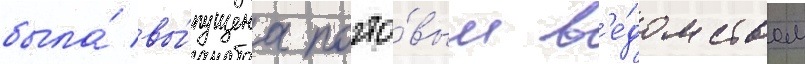
была́ вы́пущена почто́вым в'е́домством